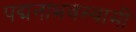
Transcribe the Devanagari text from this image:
पद्मनाभवस्वामी